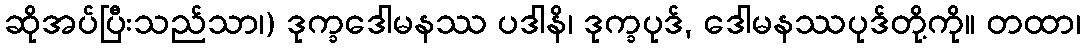
ဆိုအပ်ပြီးသည်သာ၊) ဒုက္ခဒေါမနဿ ပဒါနိ၊ ဒုက္ခပုဒ်, ဒေါမနဿပုဒ်တို့ကို။ တထာ၊